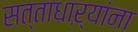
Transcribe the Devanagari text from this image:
सत्ताधाऱ्यांना